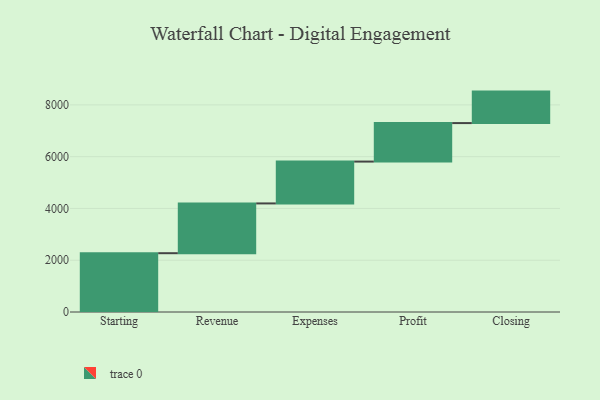
{"axis": {"x": "Step", "y": "Value"}, "legend": [""], "data": [{"x": "Starting", "y": 2271.0, "type": ""}, {"x": "Revenue", "y": 1923.0, "type": ""}, {"x": "Expenses", "y": 1616.0, "type": ""}, {"x": "Profit", "y": 1487.0, "type": ""}, {"x": "Closing", "y": 1216.0, "type": ""}]}